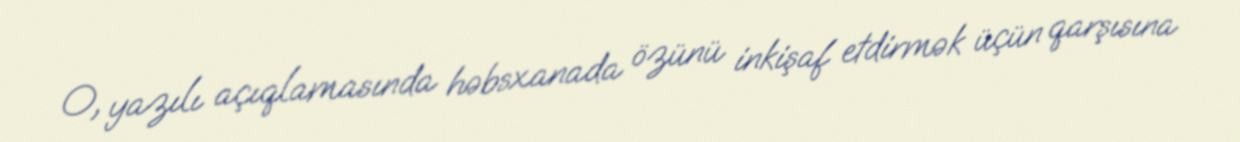
O, yazılı açıqlamasında həbsxanada özünü inkişaf etdirmək üçün qarşısına